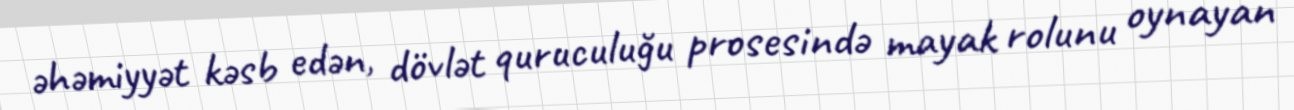
əhəmiyyət kəsb edən, dövlət quruculuğu prosesində mayak rolunu oynayan